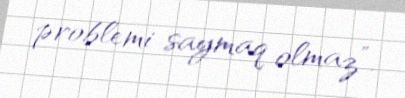
problemi saymaq olmaz”.